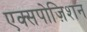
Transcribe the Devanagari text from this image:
एक्सपोज़िशन